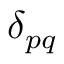
\delta _ { p q }